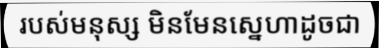
របស់មនុស្ស មិនមែនស្នេហាដូចជា